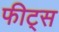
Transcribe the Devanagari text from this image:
फीट्स